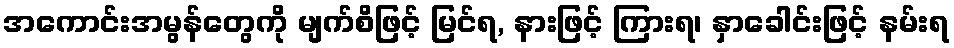
အကောင်းအမွန်တွေကို မျက်စိဖြင့် မြင်ရ, နားဖြင့် ကြားရ၊ နှာခေါင်းဖြင့် နမ်းရ